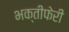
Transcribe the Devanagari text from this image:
भक्तीफेरी